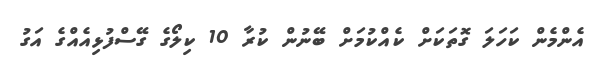
އެންމެން ކަހަލަ ގޮތަކަށް ކެއްކުމަށް ބޭނުން ކުރާ 10 ކިލޯގެ ގޭސްފުޅިއެއްގެ އަގު